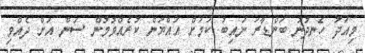
މިއަދު ހެނދުނު ބަންޑާރަ ނައިބު ކަމަށް އައްޔަން ކުރެއްވުމުން ސަން އަށް ދެއްވި